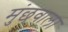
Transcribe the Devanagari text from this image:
मुंछवाला